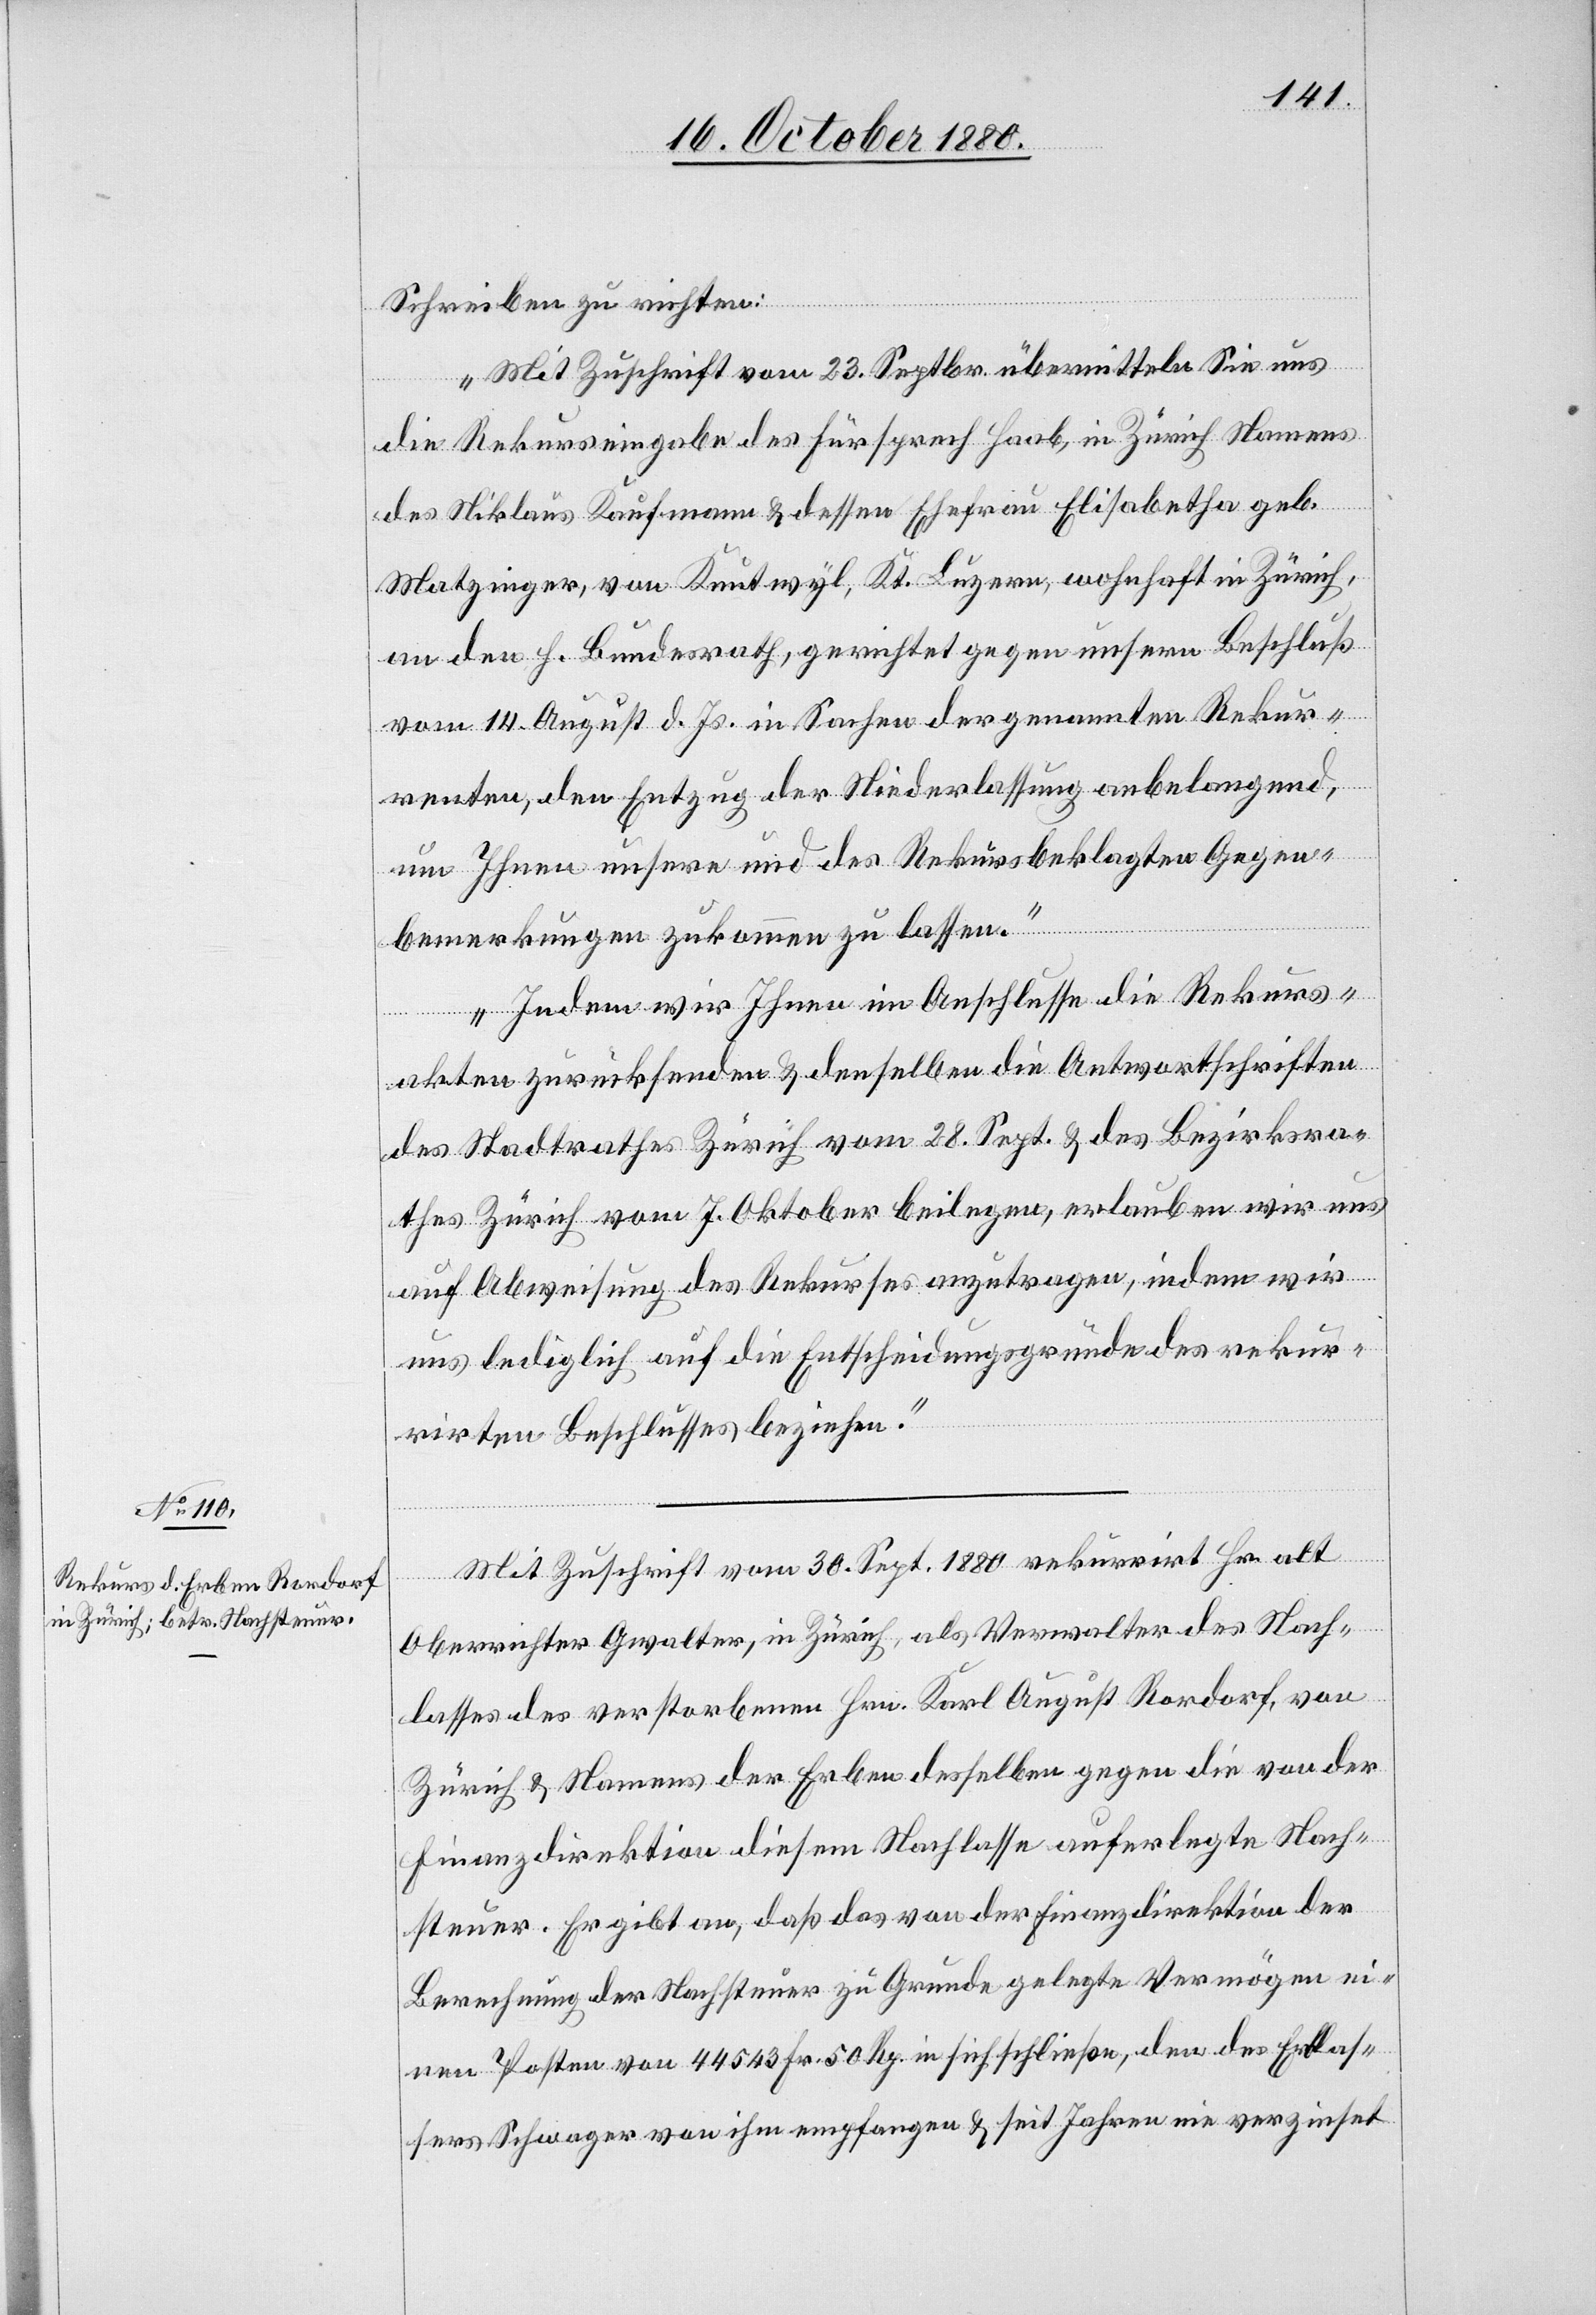
Schreiben zu richten:
„Mit Zuschrift vom 23. Septbr. übermitteln Sie uns
sr¬
die Rekurseingabe des Fürsprech Haab, in Zürich Namens
des Niklaus Kaufmann & dessen Ehefrau Elisabetha geb.
Matzinger, von Knutwyl, Kt. Luzern, wohnhaft in Zürich,
an den h. Bundesrath, gerichtet gegen unsern Beschluß
vom 14. August d. Js. in Sachen der genannten Rekur¬
renten, den Entzug der Niederlassung anbelangend,
um Ihnen unsere und des Rekursbeklagten Gegen¬
bemerkungen zukommen zu lassen.
Indem wir Ihnen im Anschlusse die Rekurs¬
akten zurücksenden & denselben die Antwortschriften
des Stadtrathes Zürich vom 28. Sept. & des Bezirksrat¬
athes Zürich vom 7. Oktober beilegen, erlauben wir uns
auf Abweisung des Rekurses anzutragen, indem wir
uns lediglich auf die Entscheidungsgründe des rekur¬
rirten Beschlusses beziehen.“
Mit Zuschrift vom 30. Sept. 1880 rekurrirt Hr. alt
Oberrichter Gwalter, in Zürich, als Verwalter des Nach¬
lasses des verstorbenen Hrn. Karl August Rordorf, von
Zürich & Namens der Erben desselben gegen die von der
Finanzdirektion diesem Nachlasse auferlegte Nach¬
steuer. Er gibt an, daß das von der Finanzdirektion der
Berechnung der Nachsteuer zu Grunde gelegte Vermögen ei¬
nen Posten von 44543 Fr. 50 Rp. in sich schließe, den des Erblas¬
sers Schwager von ihm empfangen & seit Jahren nie verzinset